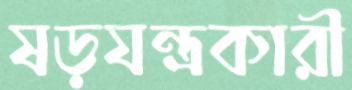
ষড়যন্ত্রকারী